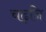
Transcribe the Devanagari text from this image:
चढ़नि